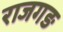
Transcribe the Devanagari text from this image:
राजगङ